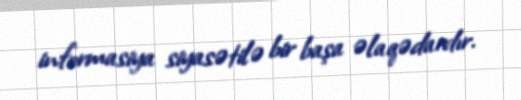
informasiya siyasətilə bir başa əlaqədardır.